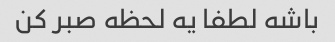
باشه لطفا یه لحظه صبر کن